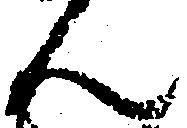
ん